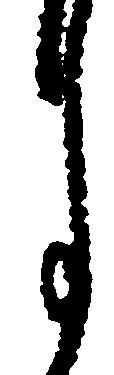
月